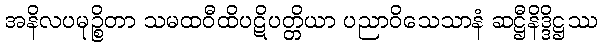
အနိလပမုဉ္စိတာ သမထဝီထိပဋိပတ္တိယာ ပညာဝိသေသာနံ ဆဋ္ဌီနိဒ္ဒိဋ္ဌဿ